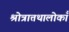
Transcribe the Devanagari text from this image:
श्रोत्रात्तथालोकाँ